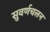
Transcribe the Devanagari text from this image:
सुवर्णचलन